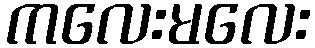
ကလေးမလေး